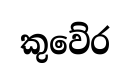
කුවේර